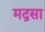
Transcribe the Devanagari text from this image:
मद्रसा